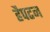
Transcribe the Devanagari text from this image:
हैपटन